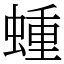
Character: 蝩